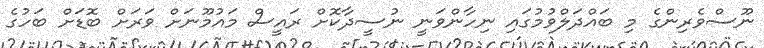
ނޫސްވެރިންގެ މި ބައްދަލްވުމުގައި ނިހާންވަނީ ނުސީދާކޮށް ރައީސް މައުމޫނަށް ވަރަށް ބޮޑަށް ބަހުގެ